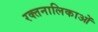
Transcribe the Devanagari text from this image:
रक्तनालिकाओं